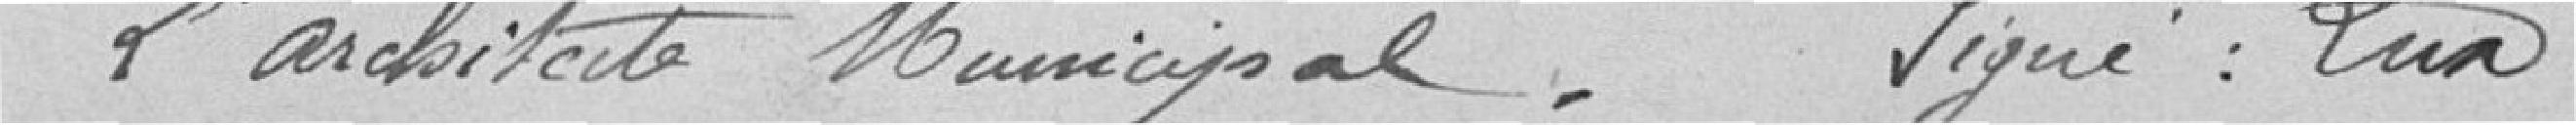
L'architecte municipal. Signé : Lux